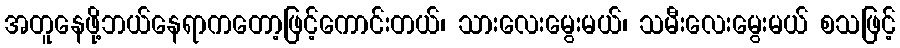
အတူနေဖို့ဘယ်နေရာကတော့ဖြင့်ကောင်းတယ်၊ သားလေးမွေးမယ်၊ သမီးလေးမွေးမယ် စသဖြင့်